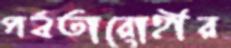
পর্বতারোহীর